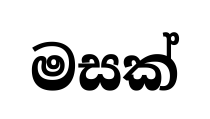
මසක්